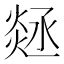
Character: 㷥